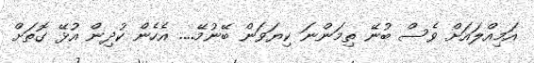
އަމިއްލައަށް ވެސް ބުނޭ ތިމަންނަ ކިޔަވަން ބޭނުމޭ.... އެހެން ކުދިން އުޅޭ ގޮތަށް